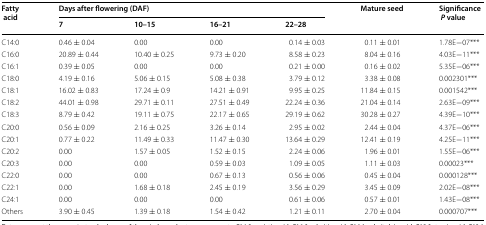
<table><thead><tr><td rowspan="2"><b>Fatty acid</b></td><td colspan="4"><b>Days after flowering (DAF)</b></td><td rowspan="2"><b>Mature seed</b></td><td rowspan="2"><b>Significance<i>P</i> value</b></td></tr><tr><td><b>7</b></td><td><b>10–15</b></td><td><b>16–21</b></td><td><b>22–28</b></td></tr></thead><tbody><tr><td>C14:0</td><td>0.46 ± 0.04</td><td>0.00</td><td>0.00</td><td>0.14 ± 0.03</td><td>0.11 ± 0.01</td><td>1.78E−07***</td></tr><tr><td>C16:0</td><td>20.89 ± 0.44</td><td>10.40 ± 0.25</td><td>9.73 ± 0.20</td><td>8.58 ± 0.23</td><td>8.04 ± 0.16</td><td>4.03E−11***</td></tr><tr><td>C16:1</td><td>0.39 ± 0.05</td><td>0.00</td><td>0.00</td><td>0.21 ± 0.00</td><td>0.16 ± 0.02</td><td>5.35E−06***</td></tr><tr><td>C18:0</td><td>4.19 ± 0.16</td><td>5.06 ± 0.15</td><td>5.08 ± 0.38</td><td>3.79 ± 0.12</td><td>3.38 ± 0.08</td><td>0.002301***</td></tr><tr><td>C18:1</td><td>16.02 ± 0.83</td><td>17.24 ± 0.9</td><td>14.21 ± 0.91</td><td>9.95 ± 0.25</td><td>11.84 ± 0.15</td><td>0.001542***</td></tr><tr><td>C18:2</td><td>44.01 ± 0.98</td><td>29.71 ± 0.11</td><td>27.51 ± 0.49</td><td>22.24 ± 0.36</td><td>21.04 ± 0.14</td><td>2.63E−09***</td></tr><tr><td>C18:3</td><td>8.79 ± 0.42</td><td>19.11 ± 0.75</td><td>22.17 ± 0.65</td><td>29.19 ± 0.62</td><td>30.28 ± 0.27</td><td>4.39E−10***</td></tr><tr><td>C20:0</td><td>0.56 ± 0.09</td><td>2.16 ± 0.25</td><td>3.26 ± 0.14</td><td>2.95 ± 0.02</td><td>2.44 ± 0.04</td><td>4.37E−06***</td></tr><tr><td>C20:1</td><td>0.77 ± 0.22</td><td>11.49 ± 0.33</td><td>11.47 ± 0.30</td><td>13.64 ± 0.29</td><td>12.41 ± 0.19</td><td>4.25E−11***</td></tr><tr><td>C20:2</td><td>0.00</td><td>1.57 ± 0.05</td><td>1.52 ± 0.15</td><td>2.24 ± 0.06</td><td>1.96 ± 0.01</td><td>1.55E−06***</td></tr><tr><td>C20:3</td><td>0.00</td><td>0.00</td><td>0.59 ± 0.03</td><td>1.09 ± 0.05</td><td>1.11 ± 0.03</td><td>0.00023***</td></tr><tr><td>C22:0</td><td>0.00</td><td>0.00</td><td>0.67 ± 0.13</td><td>0.56 ± 0.06</td><td>0.45 ± 0.04</td><td>0.000128***</td></tr><tr><td>C22:1</td><td>0.00</td><td>1.68 ± 0.18</td><td>2.45 ± 0.19</td><td>3.56 ± 0.29</td><td>3.45 ± 0.09</td><td>2.02E−08***</td></tr><tr><td>C24:1</td><td>0.00</td><td>0.00</td><td>0.00</td><td>0.61 ± 0.06</td><td>0.57 ± 0.01</td><td>1.43E−08***</td></tr><tr><td>Others</td><td>3.90 ± 0.45</td><td>1.39 ± 0.18</td><td>1.54 ± 0.42</td><td>1.21 ± 0.11</td><td>2.70 ± 0.04</td><td>0.000707***</td></tr></tbody></table>